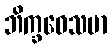
ဘိက္ခဝေသမာ